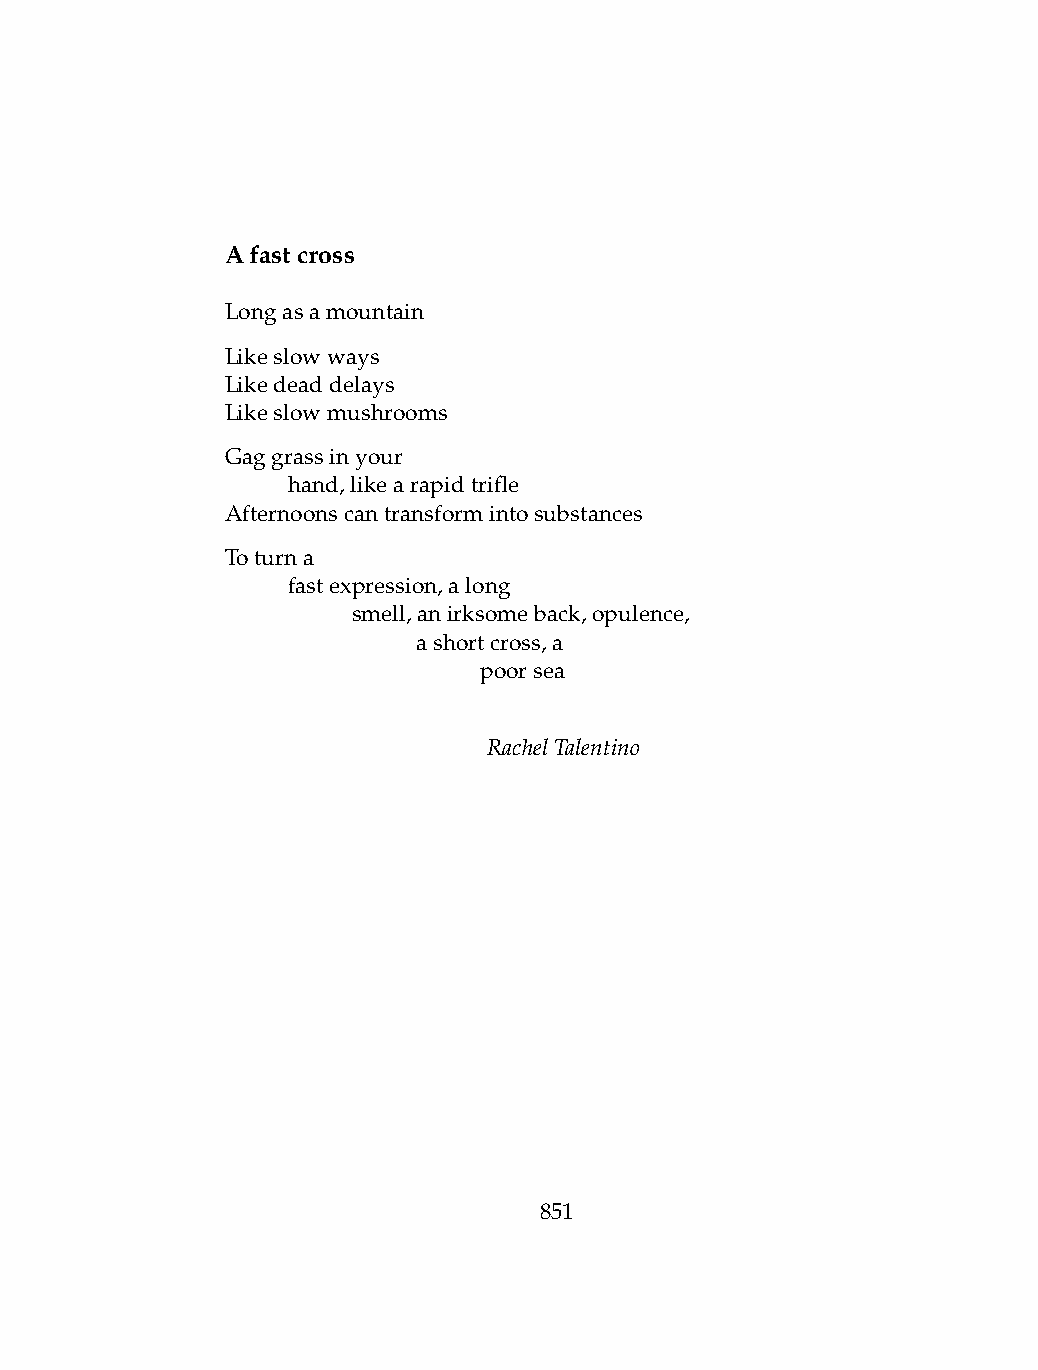
Afastcross
 Longasamountain
 Likeslowways
 Likedeaddelays
 Likeslowmushrooms
 Gaggrassinyour
 .   hand,likearapidtrifle
 Afternoonscantransformintosubstances
 Toturna
 .   fastexpression,along
 .   .   smell,anirksomeback,opulence,
 .   .   .    ashortcross,a
 .   .   .    .   poorsea
 RachelTalentino
 851